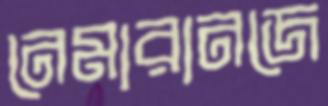
নেমারানজে